Civil Veterinary Dept. Assam report 1927-50 - 1927-1950
Year: 1927
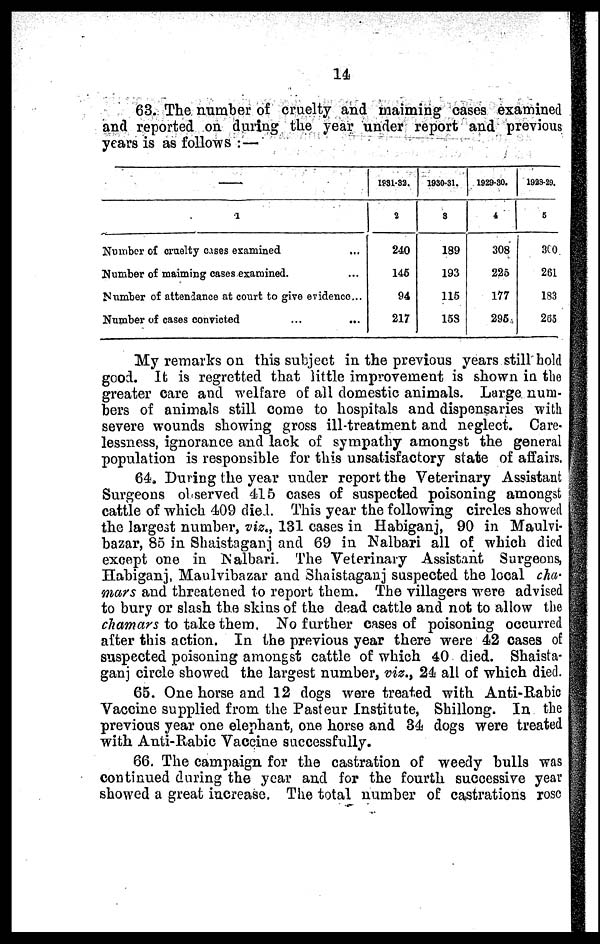
14
63. The number of cruelty and maiming cases examined
and reported on during the year under report and previous
years is as follows : —
1
Number of cruelty cases examined …
Number of maiming cases examined. …
Number of attendance at court to give evidence...
Number of cases convicted … …
1931-32.
2
240
145
94
217
1930-31.
3
189
193
115
158
1929-30.
4
308
225
177
295
1928-29.
5
360.
261
183
265
My remarks on this subject in the previous years still hold
good. It is regretted that little improvement is shown in the
greater care and welfare of all domestic animals. Large num-
bers of animals still come to hospitals and dispensaries with
severe wounds showing gross ill-treatment and neglect. Care-
lessness, ignorance and lack of sympathy amongst the general
population is responsible for this unsatisfactory state of affairs.
64. During the year under report the Veterinary Assistant
Surgeons observed 415 cases of suspected poisoning amongst
cattle of which 409 died. This year the following circles showed
the largest number, viz., 131 cases in Habiganj, 90 in Maulvi-
bazar, 85 in Shaistaganj and 69 in Nalbari all of which died
except one in Nalbari. The Veterinary Assistant Surgeons,
Habiganj, Maulvibazar and Shaistaganj suspected the local cha-
mars and threatened to report them. The villagers were advised
to bury or slash the skins of the dead cattle and not to allow the
chamars to take them, No further cases of poisoning occurred
after this action. In the previous year there were 42 cases of
suspected poisoning amongst cattle of which 40 died. Shaista-
ganj circle showed the largest number, viz., 24 all of which died.
65. One horse and 12 dogs were treated with Anti-Rabic
Vaccine supplied from the Pasteur Institute, Shillong. In the
previous year one elephant, one horse and 34 dogs were treated
with Anii-Rabic Vaccine successfully.
66. The campaign for the castration of weedy bulls was
continued during the year and for the fourth successive year
showed a great increase. The total number of castrations rose